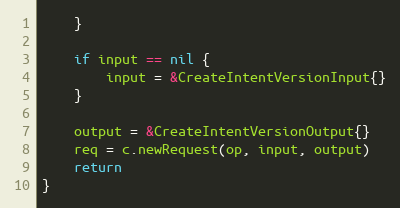
Language: Go
	}

	if input == nil {
		input = &CreateIntentVersionInput{}
	}

	output = &CreateIntentVersionOutput{}
	req = c.newRequest(op, input, output)
	return
}